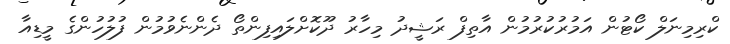
ކްރިމިނަލް ކޯޓުން އަމުރުކުރުމުން އާތިފް ރަޝީދު މިހާރު ދޫކޮށްލައިފިންތޯ ދެންނެވުމުން ފުލުހުންގެ މީޑިއާ